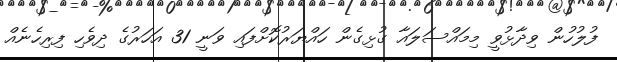
ފުލުހުން ވިދާޅުވީ މިމައްސަލައާ ގުޅިގެން ހައްޔަރުކޮށްފައި ވަނީ 31 އަހަރުގެ ދިވެހި ފިރިހެނެއް